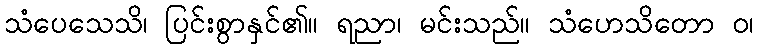
သံပေသေသိ၊ ပြင်းစွာနှင်၏။ ရညာ၊ မင်းသည်။ သံဟေသိတော ဝ၊